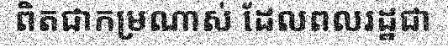
ពិតជាកម្រណាស់ ដែលពលរដ្ឋជា